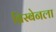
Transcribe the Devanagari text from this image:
ब्रिस्बेनला